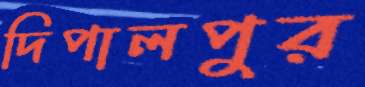
দিপালপুর